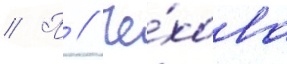
// П // Че́хова